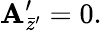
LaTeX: \mathbf{A}_{\bar{{z}}^{\prime}}^{\prime}=0.